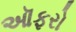
ઑફરો